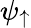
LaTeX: \psi_{\uparrow}